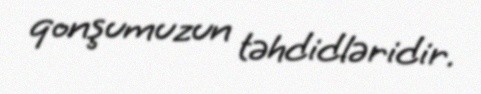
qonşumuzun təhdidləridir.